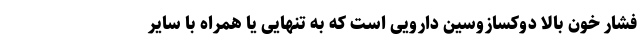
فشار خون بالا دوکسازوسین دارویی است که به تنهایی یا همراه با سایر